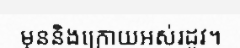
មុននិងក្រោយអស់រដូវ។